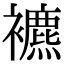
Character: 𧞧